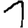
Digit: 1